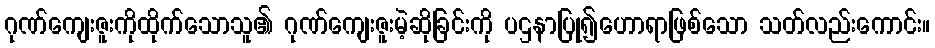
ဂုဏ်ကျေးဇူးကိုထိုက်သောသူ၏ ဂုဏ်ကျေးဇူးမဲ့ဆိုခြင်းကို ပဌနာပြု၍ဟောရာဖြစ်သော သတ်လည်းကောင်း။